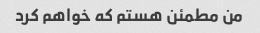
من مطمئن هستم که خواهم کرد